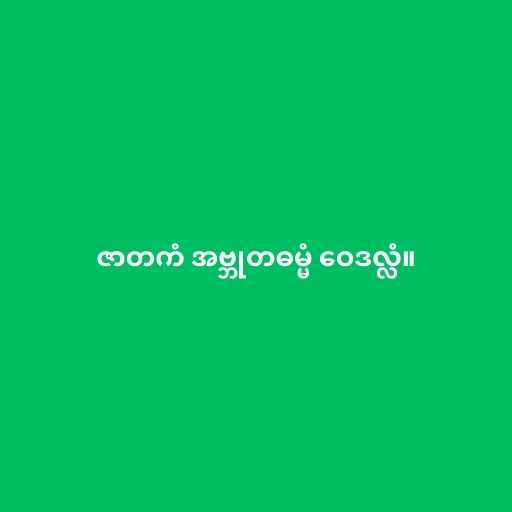
ဇာတကံ အဗ္ဘုတဓမ္မံ ဝေဒလ္လံ။